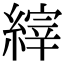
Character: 縡